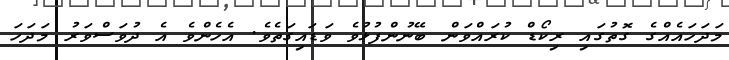
މަދަހައެއްގެ ގޮތުގައި ރިކޯޑް ކުރައްވަން ބޭނުންފުޅުވެ ވަޑައިގަތެވެ. އެހެންވެ އެ ދުވަސްވަރު މަދަހަ